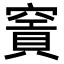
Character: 𥧡